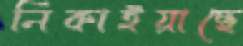
নিকাইয়াছে